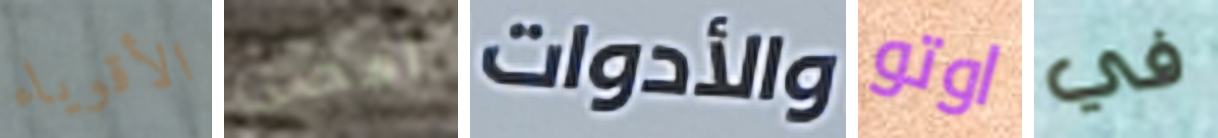
الأقوياء امضى والأدوات اوتو في